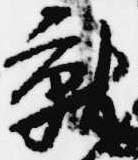
就